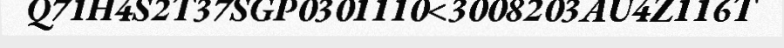
Q71H4S2T37SGP0301110<3008203AU4Z116T